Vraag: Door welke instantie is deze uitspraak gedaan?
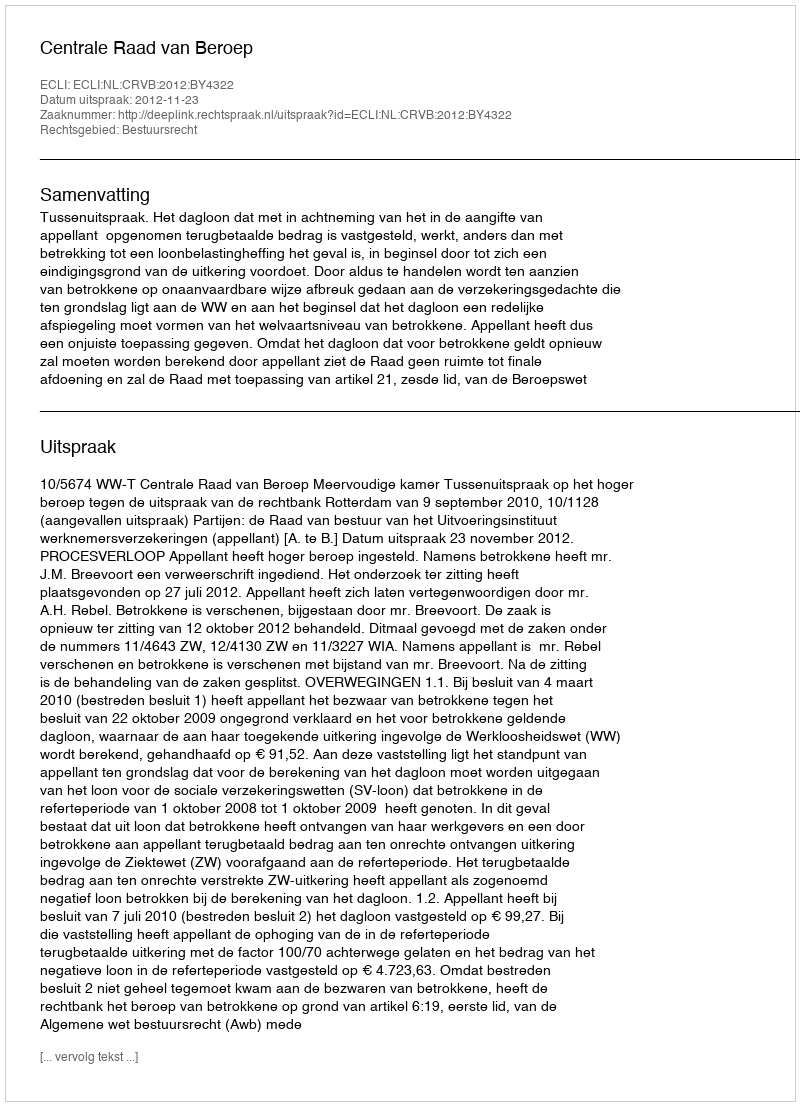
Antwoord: Centrale Raad van Beroep